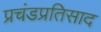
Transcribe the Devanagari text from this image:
प्रचंडप्रतिसाद